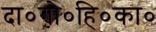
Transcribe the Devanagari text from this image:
दा०गो०हि०का०